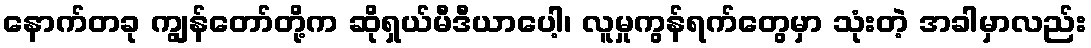
နောက်တခု ကျွန်တော်တို့က ဆိုရှယ်မီဒီယာပေါ့၊ လူမှုကွန်ရက်တွေမှာ သုံးတဲ့ အခါမှာလည်း